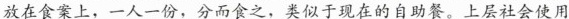
放在食案上，一人一份，分而食之，类似于现在的自助餐。上层社会使用